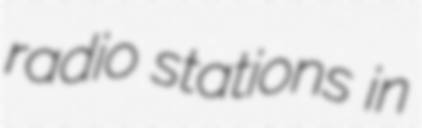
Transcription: radio stations in